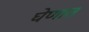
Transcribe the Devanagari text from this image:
घेणात